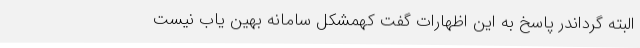
البته گرداندر پاسخ به این اظهارات گفت کهمشکل سامانه بهین یاب نیست